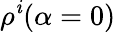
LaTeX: \rho^{\mathit{i}}(\alpha=0)